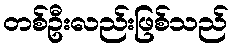
တစ်ဦးလည်းဖြစ်သည်